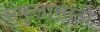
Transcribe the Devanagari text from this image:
संकुलासाठी